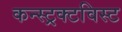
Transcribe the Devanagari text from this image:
कन्स्ट्रक्टविस्ट